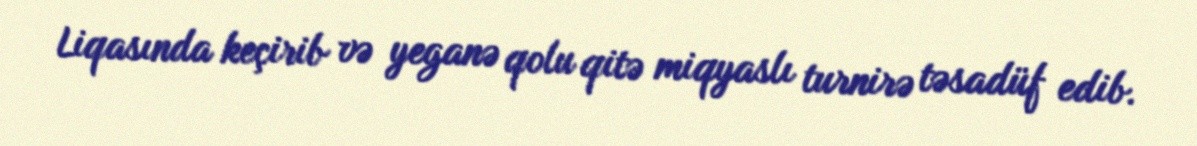
Liqasında keçirib və yeganə qolu qitə miqyaslı turnirə təsadüf edib.